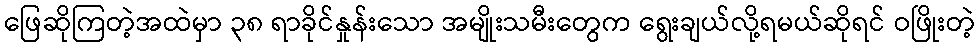
ဖြေဆိုကြတဲ့အထဲမှာ ၃၈ ရာခိုင်နှုန်းသော အမျိုးသမီးတွေက ရွေးချယ်လို့ရမယ်ဆိုရင် ဝဖြိုးတဲ့